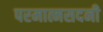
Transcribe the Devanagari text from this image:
परमात्मसदनी